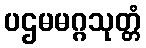
ပဌမမဂ္ဂသုတ္တံ